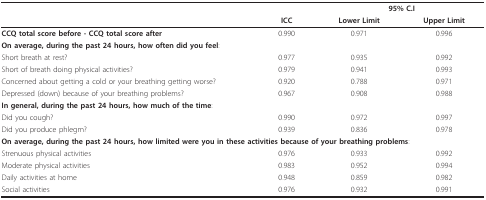
|  |  | <COLSPAN=2> 95% C.I |
 |  | ICC | Lower Limit | Upper Limit |
 | --- | --- | --- | --- |
 | CCQ total score before - CCQ total score after | 0.990 | 0.971 | 0.996 |
 | <COLSPAN=4> On average, during the past 24 hours, how often did you feel: |
 | Short breath at rest? | 0.977 | 0.935 | 0.992 |
 | Short of breath doing physical activities? | 0.979 | 0.941 | 0.993 |
 | Concerned about getting a cold or your breathing getting worse? | 0.920 | 0.788 | 0.971 |
 | Depressed (down) because of your breathing problems? | 0.967 | 0.908 | 0.988 |
 | <COLSPAN=4> In general, during the past 24 hours, how much of the time: |
 | Did you cough? | 0.990 | 0.972 | 0.997 |
 | Did you produce phlegm? | 0.939 | 0.836 | 0.978 |
 | <COLSPAN=4> On average, during the past 24 hours, how limited were you in these activities because of your breathing problems: |
 | Strenuous physical activities | 0.976 | 0.933 | 0.992 |
 | Moderate physical activities | 0.983 | 0.952 | 0.994 |
 | Daily activities at home | 0.948 | 0.859 | 0.982 |
 | Social activities | 0.976 | 0.932 | 0.991 |